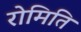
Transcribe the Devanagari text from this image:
रोमिति